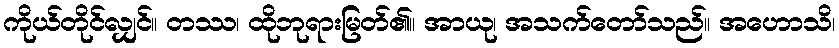
ကိုယ်တိုင်လျှင်။ တဿ၊ ထိုဘုရားမြတ်၏။ အာယု၊ အသက်တော်သည်။ အဟောသိ၊